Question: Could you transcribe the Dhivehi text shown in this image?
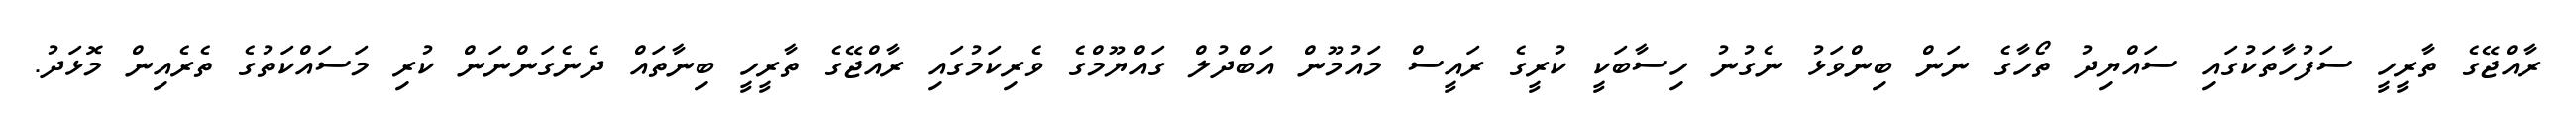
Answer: ރާއްޖޭގެ ތާރީހީ ސަފުހާތަކުގައި ސައްޔިދު ތޯހާގެ ނަން ބިންވަޅު ނެގުނު ހިސާބަކީ ކުރީގެ ރައީސް މައުމޫން އަބްދުލް ގައްޔޫމްގެ ވެރިކަމުގައި ރާއްޖޭގެ ތާރީހީ ބިނާތައް ދެނެގަންނަން ކުރި މަސައްކަތުގެ ތެރެއިން މޮޅަދު.